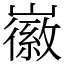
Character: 𡽪